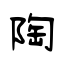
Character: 陶